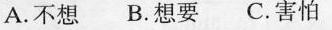
A.不想B.想要C.害怕